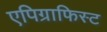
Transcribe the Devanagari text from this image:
एपिग्राफिस्ट